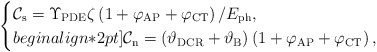
\begin{align*}\begin{cases}\mathcal{C}_{\rm s}=\Upsilon_{\rm PDE}\zeta\left(1+\varphi_{\rm AP}+\varphi_{\rm CT}\right)/E_{\rm ph},\\begin{align*}2pt]\mathcal{C}_{\rm n}=(\vartheta_{\rm DCR}+\vartheta_{\rm B})\left(1+\varphi_{\rm AP}+\varphi_{\rm CT}\right),\end{cases}\end{align*}